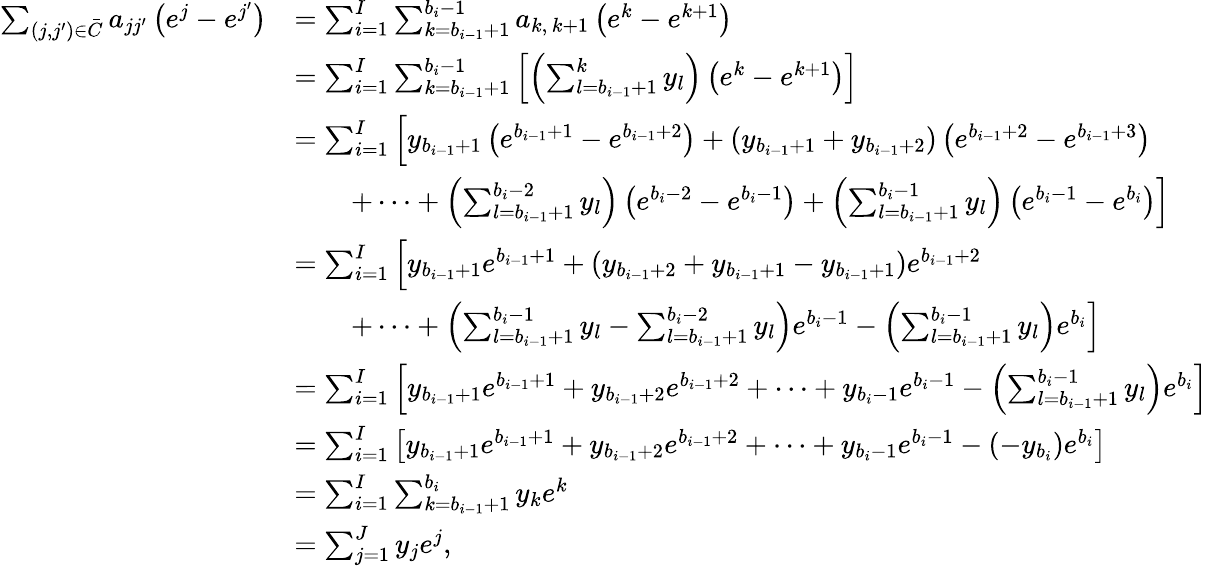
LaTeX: \begin{array}{rl}{\sum_{(j,j^{\prime})\in\bar{C}}a_{jj^{\prime}}\left(e^{j}-e^{j^{\prime}}\right)}&{=\sum_{i=1}^{I}\sum_{k=b_{i-1}+1}^{b_{i}-1}a_{k,\, k+1}\left(e^{k}-e^{k+1}\right)}\\ &{=\sum_{i=1}^{I}\sum_{k=b_{i-1}+1}^{b_{i}-1}\left[\left(\sum_{l=b_{i-1}+1}^{k}y_{l}\right)\left(e^{k}-e^{k+1}\right)\right]}\\ &{=\sum_{i=1}^{I}\Big[y_{b_{i-1}+1}\left(e^{b_{i-1}+1}-e^{b_{i-1}+2}\right)+\left(y_{b_{i-1}+1}+y_{b_{i-1}+2}\right)\left(e^{b_{i-1}+2}-e^{b_{i-1}+3}\right)}\\ &{\qquad+\cdots+\left(\sum_{l=b_{i-1}+1}^{b_{i}-2}y_{l}\right)\left(e^{b_{i}-2}-e^{b_{i}-1}\right)+\left(\sum_{l=b_{i-1}+1}^{b_{i}-1}y_{l}\right)\left(e^{b_{i}-1}-e^{b_{i}}\right)\Big]}\\ &{=\sum_{i=1}^{I}\Big[y_{b_{i-1}+1}e^{b_{i-1}+1}+\left(y_{b_{i-1}+2}+y_{b_{i-1}+1}-y_{b_{i-1}+1}\right)e^{b_{i-1}+2}}\\ &{\qquad+\cdots+\left(\sum_{l=b_{i-1}+1}^{b_{i}-1}y_{l}-\sum_{l=b_{i-1}+1}^{b_{i}-2}y_{l}\right)e^{b_{i}-1}-\left(\sum_{l=b_{i-1}+1}^{b_{i}-1}y_{l}\right)e^{b_{i}}\Big]}\\ &{=\sum_{i=1}^{I}\left[y_{b_{i-1}+1}e^{b_{i-1}+1}+y_{b_{i-1}+2}e^{b_{i-1}+2}+\cdots+y_{b_{i}-1}e^{b_{i}-1}-\left(\sum_{l=b_{i-1}+1}^{b_{i}-1}y_{l}\right)e^{b_{i}}\right]}\\ &{=\sum_{i=1}^{I}\left[y_{b_{i-1}+1}e^{b_{i-1}+1}+y_{b_{i-1}+2}e^{b_{i-1}+2}+\cdots+y_{b_{i}-1}e^{b_{i}-1}-\left(-y_{b_{i}}\right)e^{b_{i}}\right]}\\ &{=\sum_{i=1}^{I}\sum_{k=b_{i-1}+1}^{b_{i}}y_{k}e^{k}}\\ &{=\sum_{j=1}^{J}y_{j}e^{j},}\end{array}